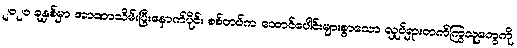
၂၀၂၁ ခုနှစ်မှာ အာဏာသိမ်းပြီးနောက်ပိုင်း စစ်တပ်က ထောင်ပေါင်းများစွာသော လှုပ်ရှားတက်ကြွသူတွေကို